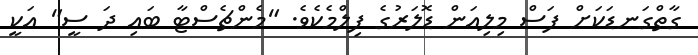
ގާތްގަނޑަކަށް ފަސް މިލިއަން ޑޮލަރުގެ ފިލްމެކެވެ. "މެންޗެސްޓާ ބައި ދަ ސީ" އަކީ